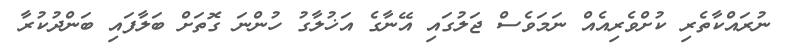
ނުރައްކާތެރި ކުށްވެރިއެއް ނަމަވެސް ޖަލުގައި އޭނާގެ އަޚުލާގު ހުންނަ ގޮތަށް ބަލާފައި ބަންދުކުރާ